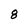
Character: 8